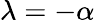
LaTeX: \lambda=-\alpha